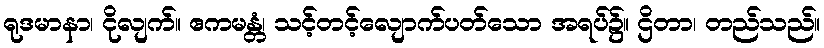
ရုဒမာနာ၊ ငိုလျက်။ ဧကမန္တံ၊ သင့်တင့်လျောက်ပတ်သော အရပ်၌။ ဌိတာ၊ တည်သည်။